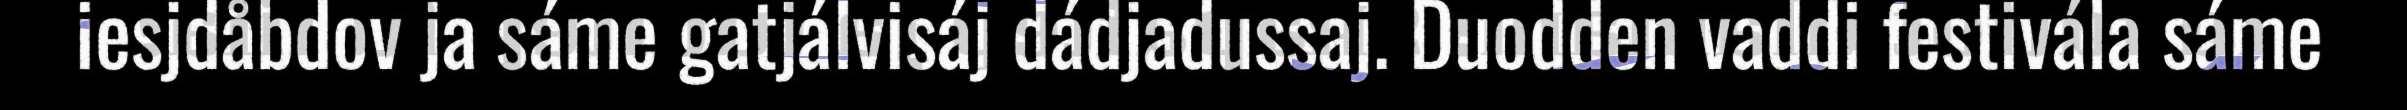
iesjdåbdov ja sáme gatjálvisáj dádjadussaj. Duodden vaddi festivála sáme